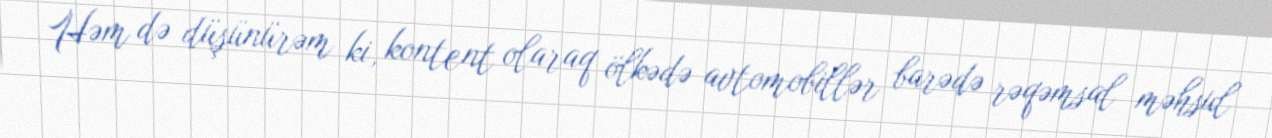
Həm də düşünürəm ki, kontent olaraq ölkədə avtomobillər barədə rəqəmsal məhsul